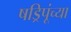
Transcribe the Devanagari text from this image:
षड्रिपूंच्या